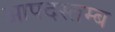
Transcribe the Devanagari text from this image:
आपदस्तम्ब